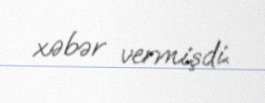
xəbər vermişdi.